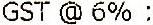
GST @ 6% :